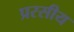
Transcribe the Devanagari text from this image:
प्ररसीय